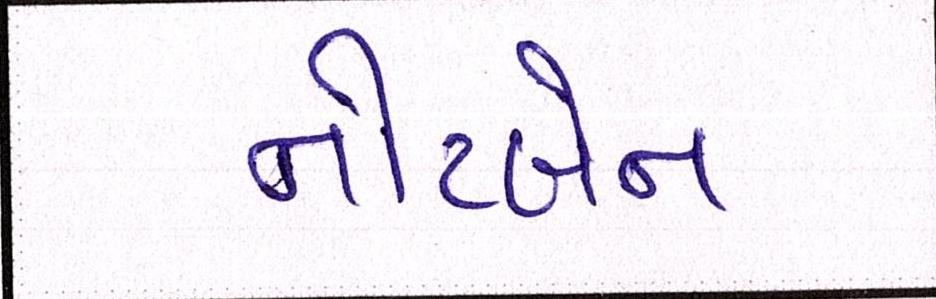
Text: નોટબેન